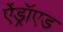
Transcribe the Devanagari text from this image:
ऐंड्रॉएड